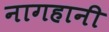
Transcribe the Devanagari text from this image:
नागहानी